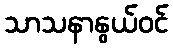
သာသနာနွယ်ဝင်